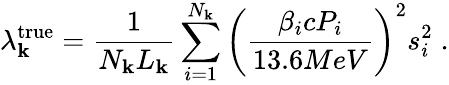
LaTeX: \lambda_{\mathbf{k}}^{\mathrm{{true}}}=\frac{{1}}{{N_{\mathbf{k}}L_{\mathbf{k}}}}\sum_{i=1}^{N_{\mathbf{k}}}{\left(\frac{{\beta_{i}cP_{i}}}{{13.6MeV}}\right)^{2}s_{i}^{2}}\; .